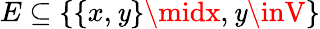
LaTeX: E\subseteq\{ \{ x,\mathit{y}\} \midx,\mathit{y}\inV\}